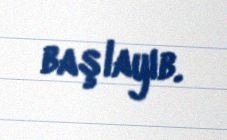
başlayıb.